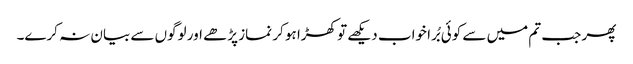
پھر جب تم میں سے کوئی بُرا خواب دیکھے تو کھڑا ہو کر نماز پڑھے اور لوگوں سے بیان نہ کرے۔